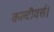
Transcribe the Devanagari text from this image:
कल्टीवर्स।